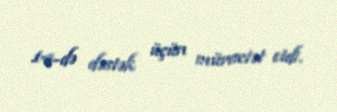
14-də dəstək üçün müraciət etdi.